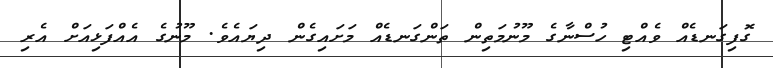
ގޮފިގަނޑެއް ވެއްޓި ހުސްނާގެ މޫނުމަތިން ތަންގަނޑެއް މަށައިގެން ދިޔައެވެ. މޫނުގެ އެއްފަޅިއަށް އެރި